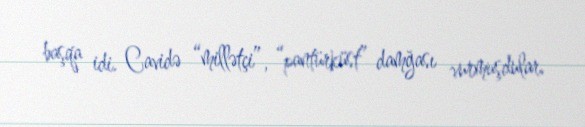
başqa idi. Cavidə “millətçi”, “pantürküst” damğası vurmuşdular.